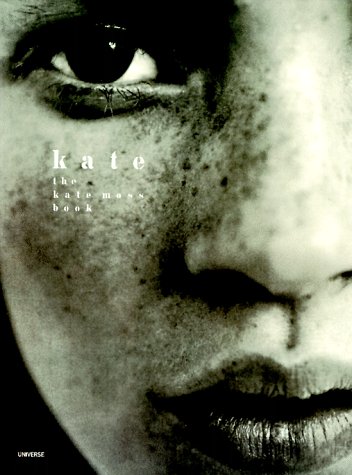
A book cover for Kate: The Kate Moss Book; Kate Moss; Arts & Photography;